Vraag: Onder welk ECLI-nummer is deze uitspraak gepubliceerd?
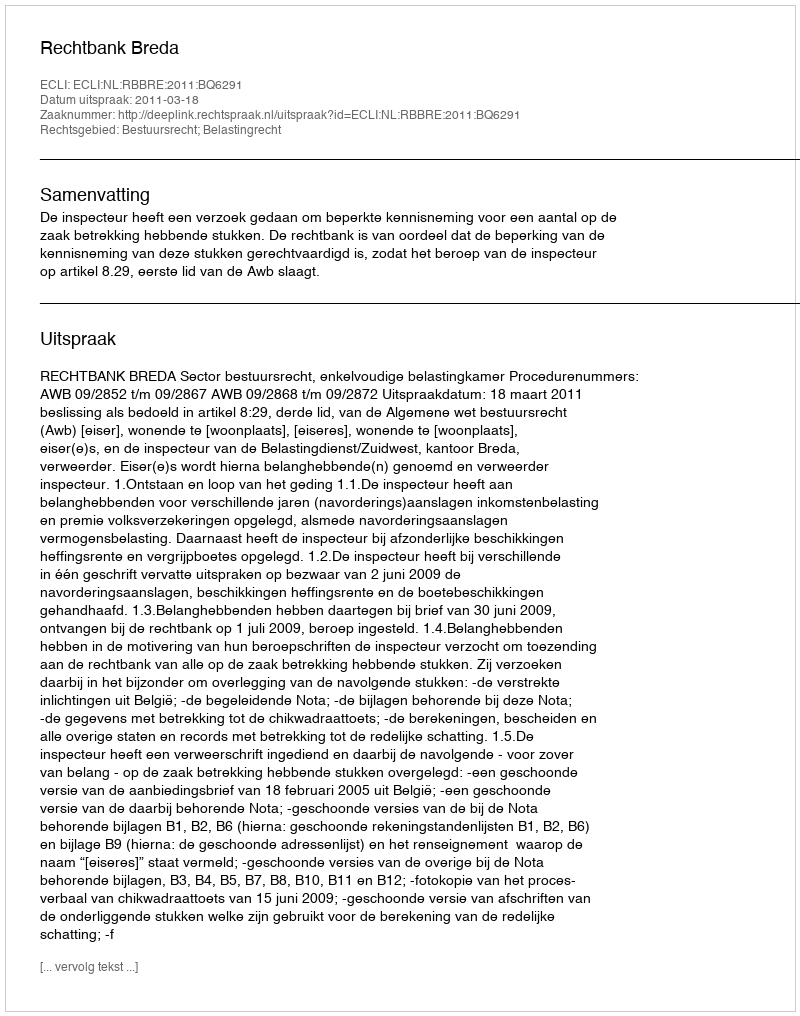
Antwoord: ECLI:NL:RBBRE:2011:BQ6291